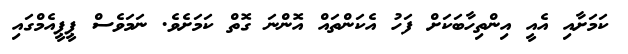
ކަމަށާއި އެއީ އިންތިހާބަކަށް ފަހު އެކަންތައް އޮންނަ ގޮތް ކަމަށެވެ. ނަމަވެސް ޕީޕީއެމްގައި